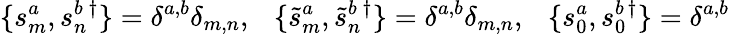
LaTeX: \{ s_{m}^{a},s_{n}^{b}{}^{\dagger}\} =\delta^{a,b}\delta_{m,n},~~~\{ \tilde{s}_{m}^{a},\tilde{s}_{n}^{b}{}^{\dagger}\} =\delta^{a,b}\delta_{m,n},~~~\{ s_{0}^{a},s_{0}^{b}{}^{\dagger}\} =\delta^{a,b}